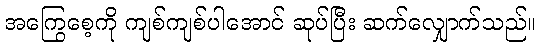
အကြွေစေ့ကို ကျစ်ကျစ်ပါအောင် ဆုပ်ပြီး ဆက်လျှောက်သည်။